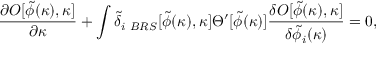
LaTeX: { \frac { \partial { \cal O } [ \tilde { \phi } ( \kappa ) , \kappa ] } { \partial \kappa } } + \int \tilde { \delta } _ { i \ B R S } [ \tilde { \phi } ( \kappa ) , \kappa ] \Theta ^ { \prime } [ \tilde { \phi } ( \kappa ) ] { \frac { \delta { \cal O } [ \tilde { \phi } ( \kappa ) , \kappa ] } { \delta \tilde { \phi } _ { i } ( \kappa ) } } = 0 ,